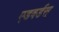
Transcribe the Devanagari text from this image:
एडवर्डस्‌